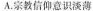
A.宗教信仰意识淡薄